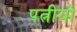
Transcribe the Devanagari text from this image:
पत्नीयो